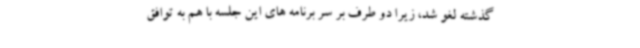
گذشته لغو شد، زیرا دو طرف بر سر برنامه های این جلسه با هم به توافق